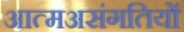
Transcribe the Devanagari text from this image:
आत्मअसंगतियों